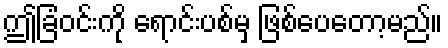
ဤခြံဝင်းကို ရောင်းပစ်မှ ဖြစ်ပေတော့မည်။